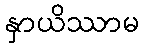
နှာယိဿာမ